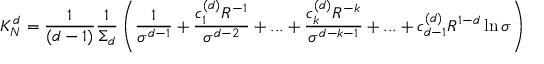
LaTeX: K _ { N } ^ { d } = { \frac { 1 } { ( d - 1 ) } } { \frac { 1 } { \Sigma _ { d } } } \left( { \frac { 1 } { \sigma ^ { d - 1 } } } + { \frac { c _ { 1 } ^ { ( d ) } R ^ { - 1 } } { \sigma ^ { d - 2 } } } + . . . + { \frac { c _ { k } ^ { ( d ) } R ^ { - k } } { \sigma ^ { d - k - 1 } } } + . . . + c _ { d - 1 } ^ { ( d ) } R ^ { 1 - d } \ln \sigma \right)